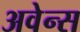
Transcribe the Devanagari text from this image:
अवेन्स